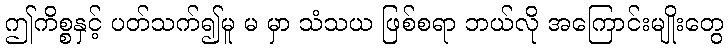
ဤကိစ္စနှင့် ပတ်သက်၍မူ မ မှာ သံသယ ဖြစ်စရာ ဘယ်လို အကြောင်းမျိုးတွေ